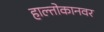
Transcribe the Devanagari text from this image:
हाल्तोकानवर